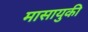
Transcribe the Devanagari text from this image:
मासायुकी